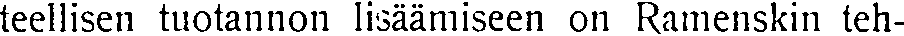
teellisen tuotannon lisäämiseen on Ramenskin teh-